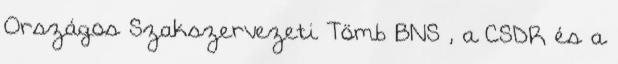
Országos Szakszervezeti Tömb BNS , a CSDR és a